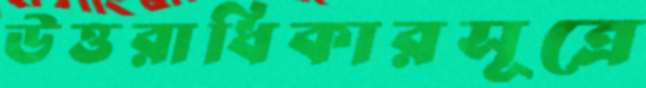
উত্তরাধিকারসূত্রে